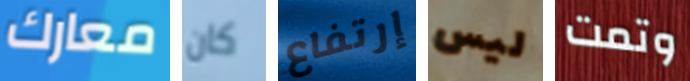
معارك كان إرتفاع ليس وتمت